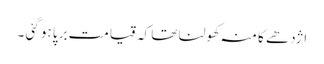
اژدھے کا منہ کھولنا تھا کہ قیامت برپا ہو گئی ۔